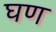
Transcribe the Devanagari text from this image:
घण